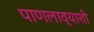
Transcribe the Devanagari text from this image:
पाणलाव्याशी